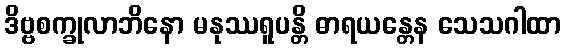
ဒိဗ္ဗစက္ခုလာဘိနော မနုဿရူပန္တိ ဓာရယန္တေန သေသဂါထာ